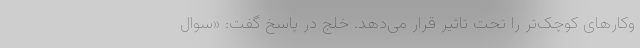
‌و‌کارهای کوچک‌تر را تحت تاثیر قرار می‌دهد. خلج در پاسخ گفت: «سوال